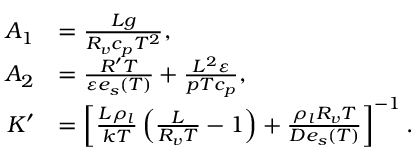
\begin{array} { r l } { A _ { 1 } } & { = \frac { { \cal L } g } { R _ { v } c _ { p } T ^ { 2 } } , } \\ { A _ { 2 } } & { = \frac { R ^ { \prime } T } { \varepsilon e _ { s } ( T ) } + \frac { { \cal L } ^ { 2 } \varepsilon } { p T c _ { p } } , } \\ { K ^ { \prime } } & { = \left[ \frac { { \cal L } \rho _ { l } } { k T } \left( \frac { \cal L } { R _ { v } T } - 1 \right) + \frac { \rho _ { l } R _ { v } T } { D e _ { s } ( T ) } \right] ^ { - 1 } . } \end{array}